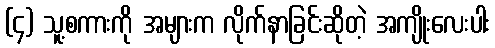
(၄) သူ့စကားကို အများက လိုက်နာခြင်းဆိုတဲ့ အကျိုးလေးပါး